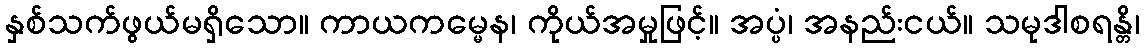
နှစ်သက်ဖွယ်မရှိသော။ ကာယကမ္မေန၊ ကိုယ်အမှုဖြင့်။ အပ္ပံ၊ အနည်းငယ်။ သမုဒါစရန္တိ၊